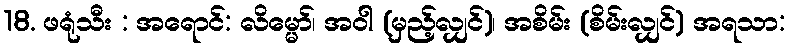
18. ဖရုံသီး : အရောင်: လိမ္မော်၊ အဝါ (မှည့်လျှင်)၊ အစိမ်း (စိမ်းလျှင်) အရသာ: